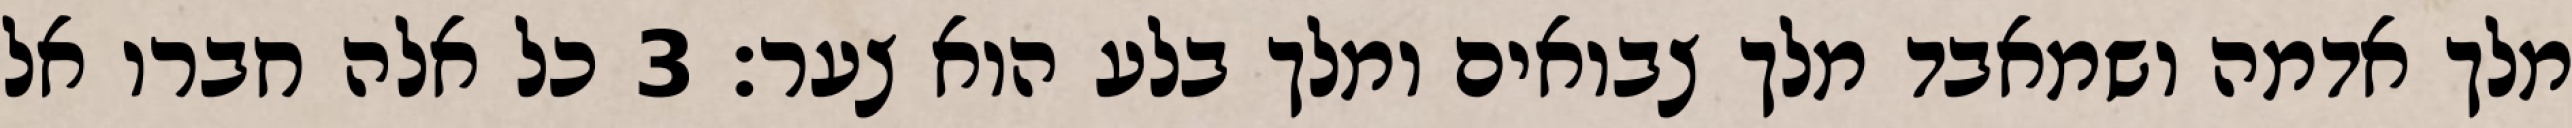
מלך אדמה ושמאבד מלך צבואים ומלך בלע הוא צער׃ ‎3‏ כל אלה חברו אל